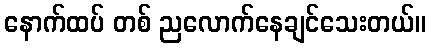
နောက်ထပ် တစ် ညလောက်နေချင်သေးတယ်။